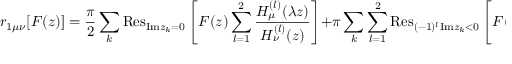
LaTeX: r _ { 1 \mu \nu } [ F ( z ) ] = \frac { \pi } { 2 } \sum _ { k } { \mathrm { R e s } } _ { { \mathrm { I m } } z _ { k } = 0 } \left[ F ( z ) \sum _ { l = 1 } ^ { 2 } \frac { H _ { \mu } ^ { ( l ) } ( \lambda z ) } { H _ { \nu } ^ { ( l ) } ( z ) } \right] + \pi \sum _ { k } \sum _ { l = 1 } ^ { 2 } { \mathrm { R e s } } _ { ( - 1 ) ^ { l } { \mathrm { I m } } z _ { k } < 0 } \left[ F ( z ) \frac { H _ { \mu } ^ { ( l ) } ( \lambda z ) } { H _ { \nu } ^ { ( l ) } ( z ) } \right] .